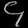
Digit: ၄